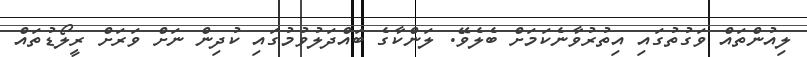
ލިއުންތައް ވަގުތުގައި އިތުރުވާނެކަމަށް ބެލެވޭ. ލަންކާގެ ބައްދަލުވުމުގައި ކުދިން ނަށް ވަރަށް ރީލޯޑުތައް